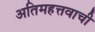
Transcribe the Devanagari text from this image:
अतिमहत्तवाची